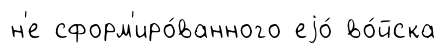
н'е сформ'иро́ванного еjо́ во́йска